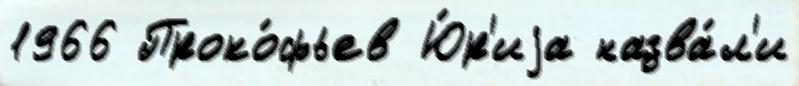
1966 Проко́фьев Ю́р'иjа назва́л'и